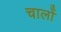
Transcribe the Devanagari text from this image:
चालोँ